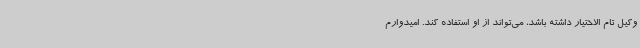
وکیل تام الاختیار داشته باشد، می‌تواند از او استفاده کند. امیدوارم